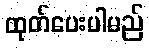
ထုတ်ပေးပါမည်